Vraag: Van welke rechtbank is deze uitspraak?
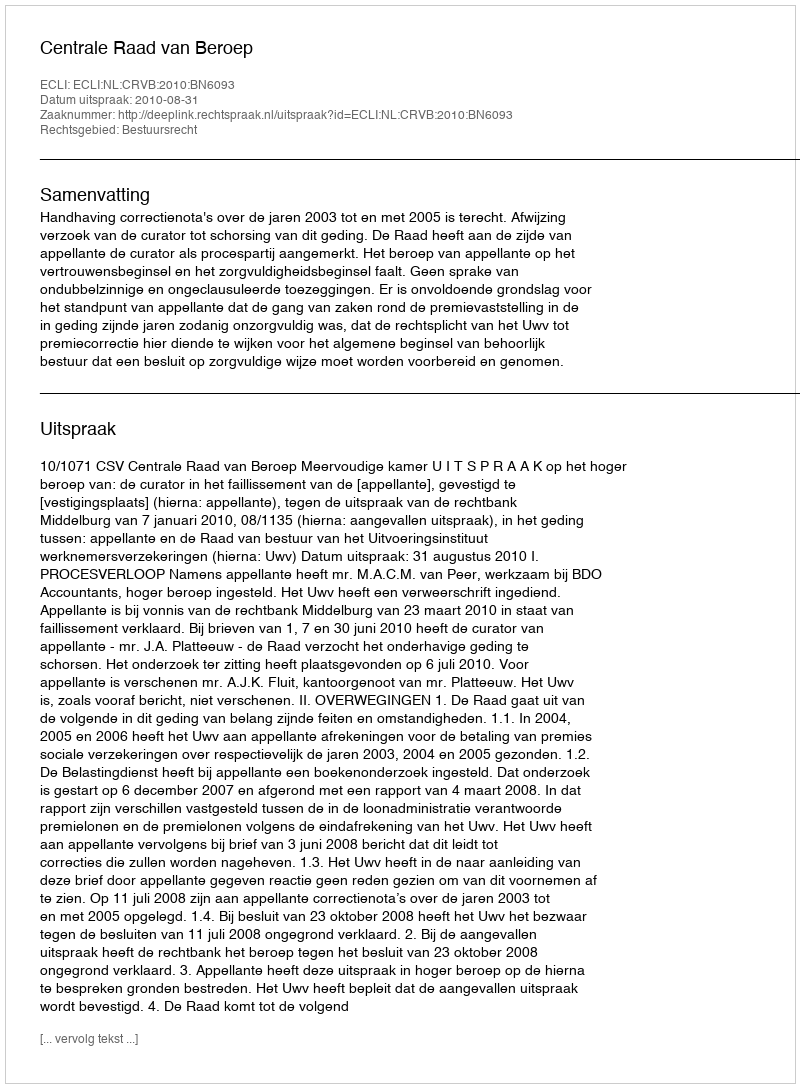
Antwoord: Centrale Raad van Beroep